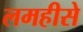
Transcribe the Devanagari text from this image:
लमहीसे